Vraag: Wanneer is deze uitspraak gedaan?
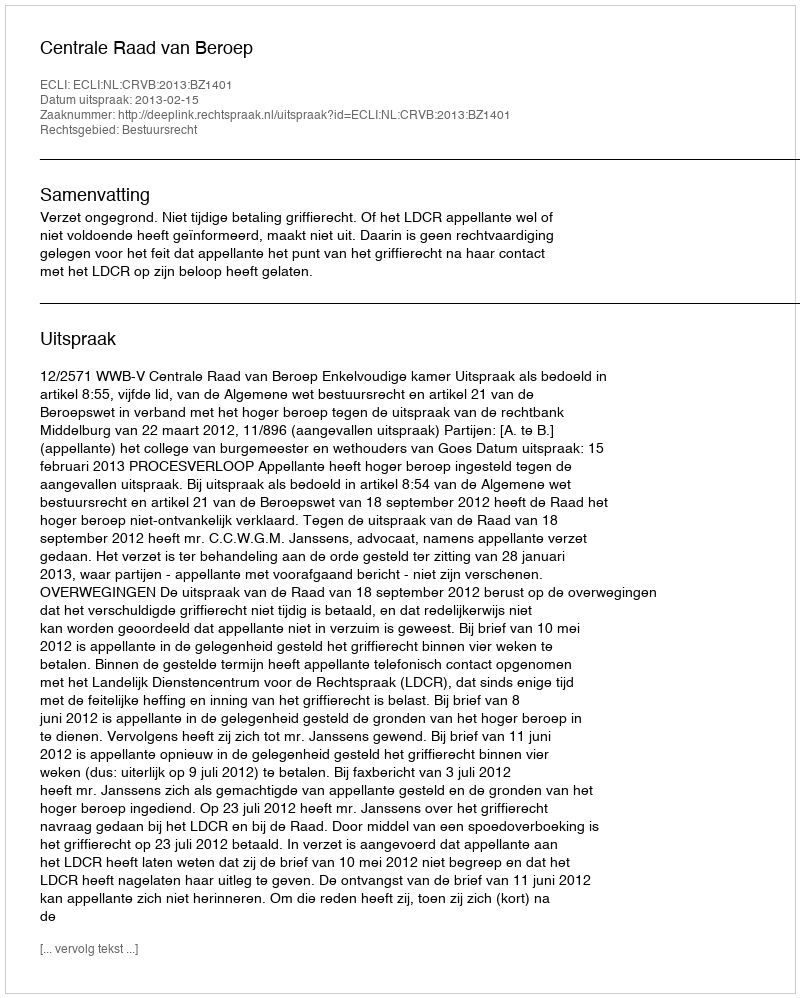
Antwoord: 2013-02-15